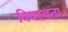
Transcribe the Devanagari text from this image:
विवस्वता